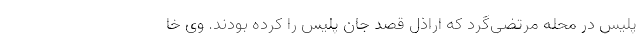
پلیس در محله مرتضی‌گرد که اراذل قصد جان پلیس را کرده بودند. وی خا